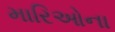
મારિઓના